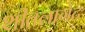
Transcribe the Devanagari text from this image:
शीतलागेट